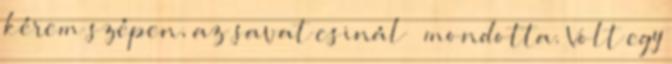
kérem szépen, az savat csinál – mondotta. Volt egy